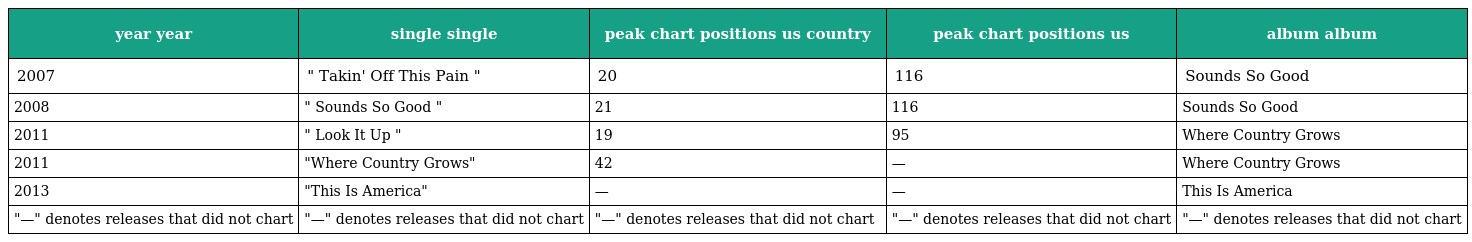
| year year | single single | peak chart positions us country | peak chart positions us | album album |
 | --- | --- | --- | --- | --- |
 | 2007 | " Takin' Off This Pain " | 20 | 116 | Sounds So Good |
 | 2008 | " Sounds So Good " | 21 | 116 | Sounds So Good |
 | 2011 | " Look It Up " | 19 | 95 | Where Country Grows |
 | 2011 | "Where Country Grows" | 42 | — | Where Country Grows |
 | 2013 | "This Is America" | — | — | This Is America |
 | "—" denotes releases that did not chart | "—" denotes releases that did not chart | "—" denotes releases that did not chart | "—" denotes releases that did not chart | "—" denotes releases that did not chart |